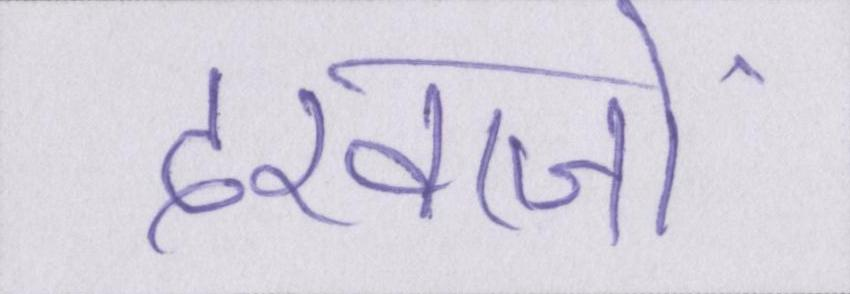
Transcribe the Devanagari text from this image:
दरवाजों